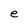
Character: e